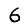
Digit: 6